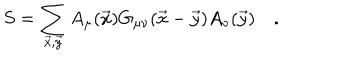
LaTeX: S = \sum _ { \vec { x } , \vec { y } } A _ { \mu } ( \vec { x } ) G _ { \mu \nu } ( \vec { x } - \vec { y } ) A _ { \nu } ( \vec { y } ) \quad .